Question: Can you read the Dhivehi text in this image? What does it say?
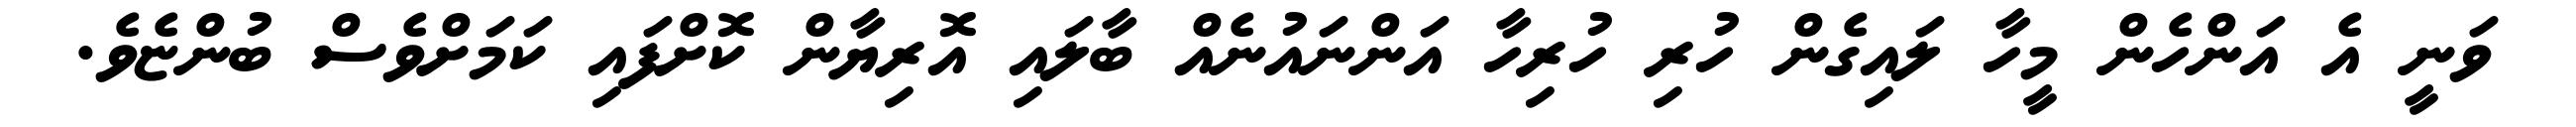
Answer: ވަނީ އެ އަންހެން މީހާ ލައިގެން ހުރި ހުރިހާ އަންނައުނެއް ބާލައި އޮރިޔާން ކޮށްފައި ކަމަށްވެސް ބުންޏެވެ.